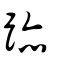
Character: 跡